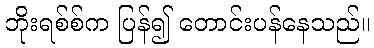
ဘိုးရစ်စ်က ပြန်၍ တောင်းပန်နေသည်။